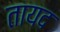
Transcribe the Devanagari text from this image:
तायद